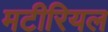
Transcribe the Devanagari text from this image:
मटीरियल